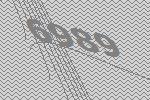
6989